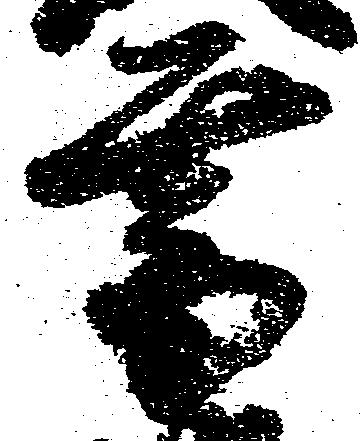
菩